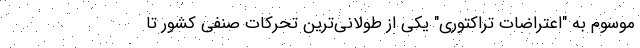
موسوم به "اعتراضات تراکتوری" یکی از طولانی‌ترین تحرکات صنفی کشور تا